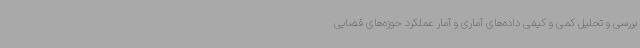
بررسی و تحلیل کمی و کیفی داده‌های آماری و آمار عملکرد حوزه‌های قضایی